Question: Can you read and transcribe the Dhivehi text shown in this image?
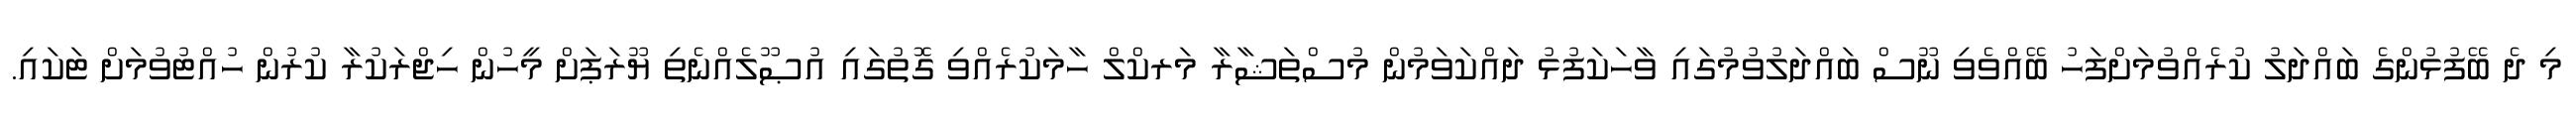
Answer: މި ދެ ބޭފުޅުންގެ ބައްދަލު ކުރެއްވުމަށްފަހު ބޭއްވެވި ނޫސް ބައްދަލުވުމުގައި ވާހަކަފުޅު ދައްކަވަމުން މުސްތަޝާރާ މަރކްލް ހާމަކުރެއްވި ގޮތުގައި އުޞޫލެއްނެތި ޔޫރަޕަށް މީހުން ހިޖްރަކުރާ ކުރުން ހުއްޓުވުމަށް ޓަކައި.